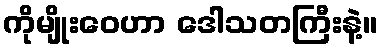
ကိုမျိုးဝေဟာ ဒေါသတကြီးနဲ့။